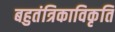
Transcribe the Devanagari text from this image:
बहुतंत्रिकाविकृति